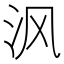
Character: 沨